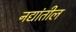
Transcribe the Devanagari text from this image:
नद्यांतील